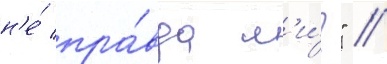
н'е́ пра́вда л'и́?" //